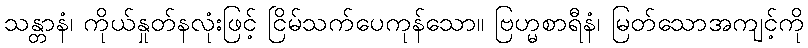
သန္တာနံ၊ ကိုယ်နှုတ်နလုံးဖြင့် ငြိမ်သက်ပေကုန်သော။ ဗြဟ္မစာရီနံ၊ မြတ်သောအကျင့်ကို